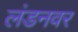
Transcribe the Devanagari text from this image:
लंडनवर